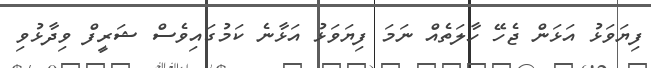
ފިޔަވަޅު އަޅަން ޖެހޭ ހާލަތެއް ނަމަ ފިޔަވަޅު އަޅާނެ ކަމުގައިވެސް ޝަރީފް ވިދާޅުވި